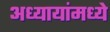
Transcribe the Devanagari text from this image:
अध्यायांमध्ये